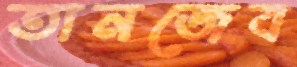
তানজেব